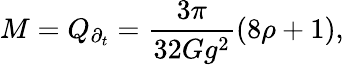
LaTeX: M=Q_{\partial_{t}}=\frac{3\pi}{32Gg^{2}}(8\rho+1),